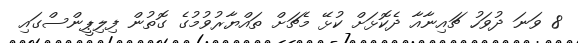
8 ވަނަ ދުވަހު ޗައިނާއާ ދެކޮޅަށް ކުޅޭ މެޗަށް ތައްޔާރުވުމުގެ ގޮތުން ފިލިޕީންސްގައި